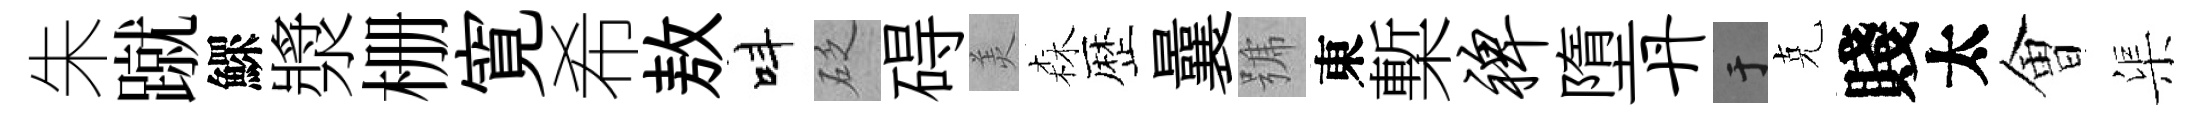
朱蹴鰥漿栅寛希敖呌砭碍羙森歴曩號東槧裨墮丹于克賤太㑹渠